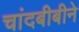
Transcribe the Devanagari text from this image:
चांदबीबीने